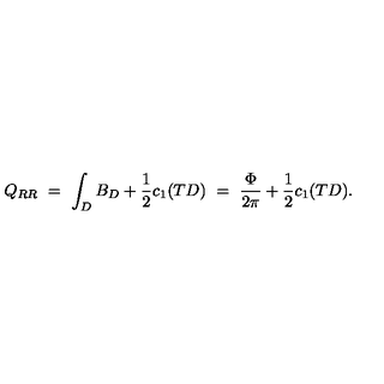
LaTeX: Q _ { R R } \ = \ \int _ { D } B _ { D } + \frac { 1 } { 2 } c _ { 1 } ( T D ) \ = \ \frac { \Phi } { 2 \pi } + \frac { 1 } { 2 } c _ { 1 } ( T D ) .